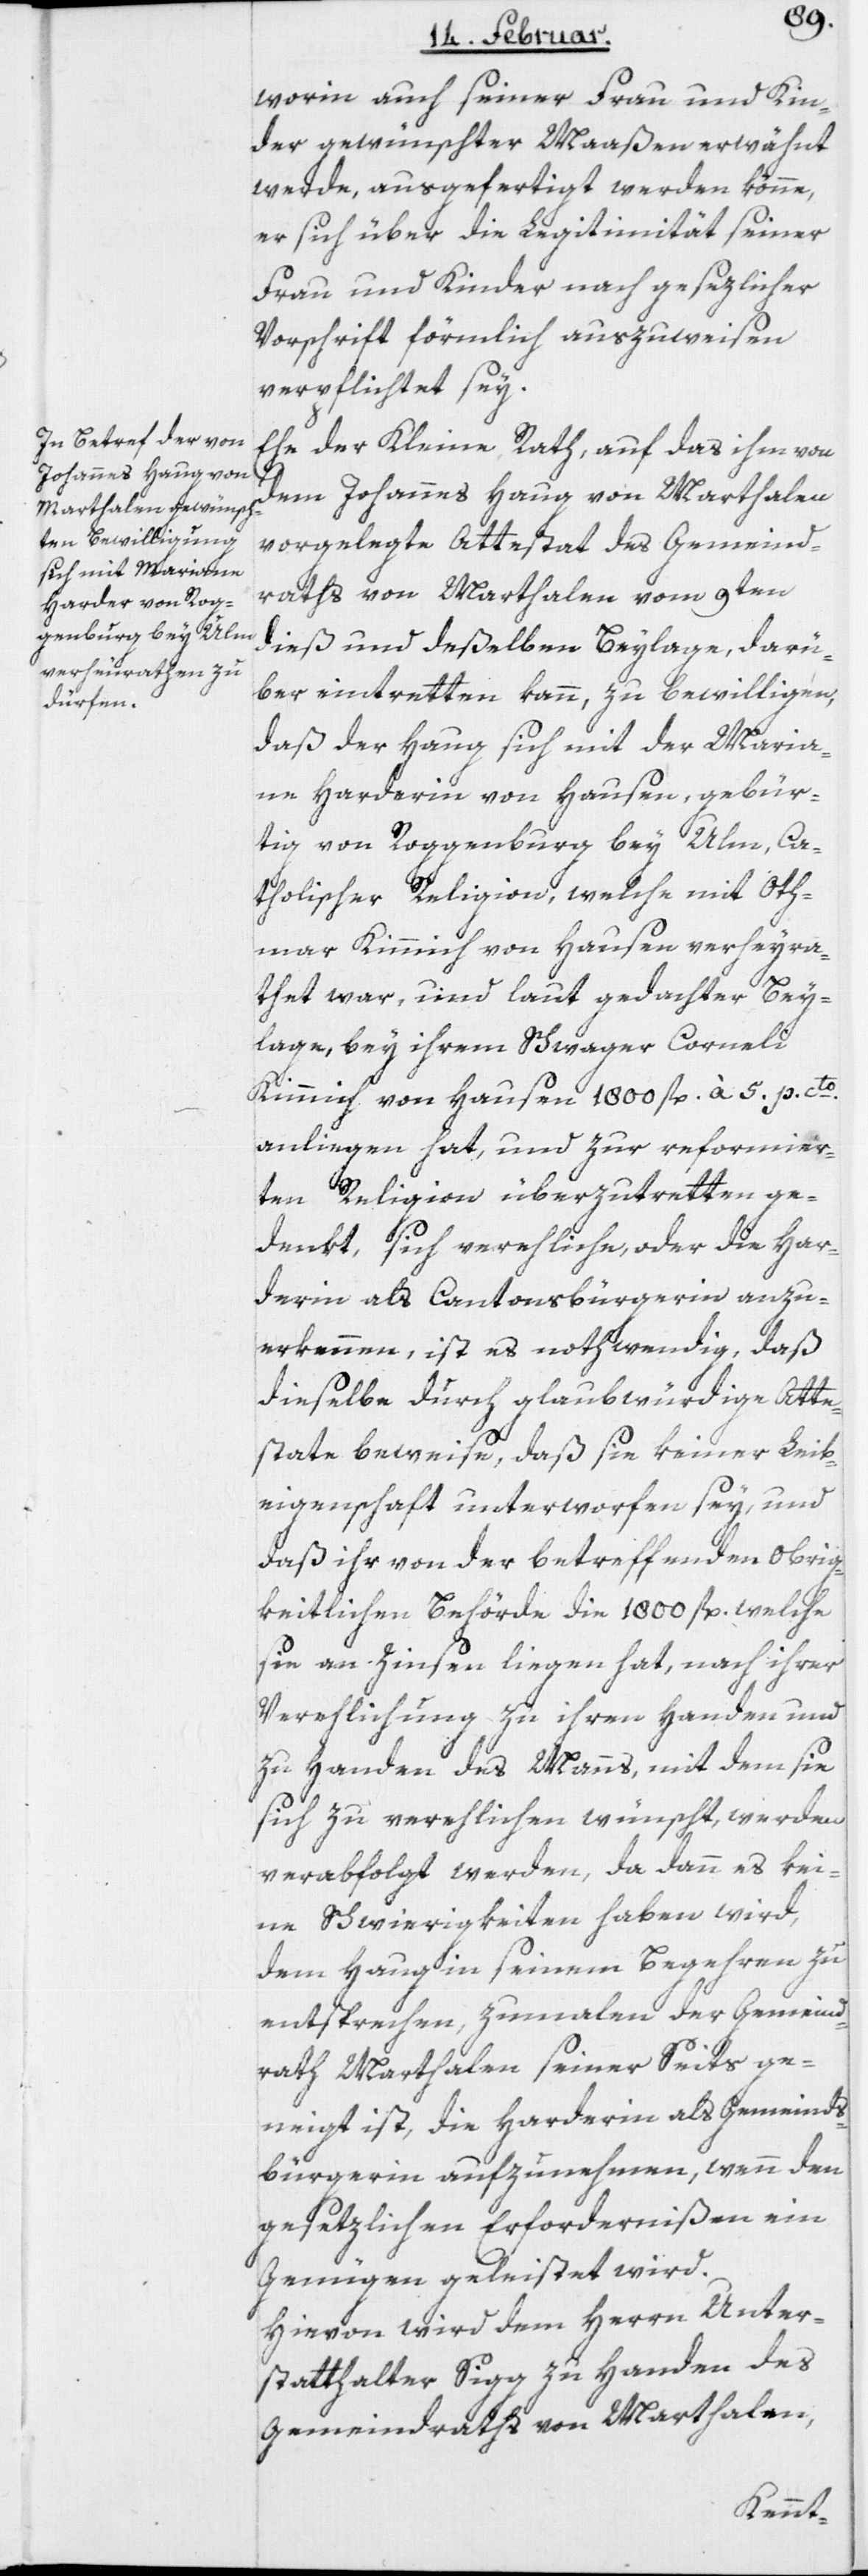
worin auch seiner Frau und Kin¬
der gewünschter Maaßen erwähnt
werde, ausgefertigt werden könne,
er sich über die Legitimität seiner
Frau und Kinder nach gesetzlicher
Vorschrift förmlich auszuweisen
verpflichtet sey.
Ehe der Kleine Rath, auf das ihm von
dem Johannes Haug von Marthalen
vorgelegte Attestat des Gemeind¬
raths von Marthalen vom 9ten
dieß und deßelben Beylage, darü¬
ber eintretten kann, zu bewilligen,
daß der Haug sich mit der Maria¬
ne Harderin von Hausen, gebür¬
tig von Roggenburg bey Ulm, Ca¬
tholischer Religion, welche mit Oth¬
mar Kimmich von Hausen verheyra¬
thet war, und laut gedachter Bey¬
lage, bey ihrem Schwager Corneli
Kimmich von Hausen 1800 fl. à 5. p. cto.
anliegen hat, und zur reformier¬
ten Religion überzutretten ge¬
denkt, sich verehliche, oder die Har¬
derin als Cantonsbürgerin anzu¬
erkennen, ist es nothwendig, daß
dieselbe durch glaubwürdige Atte¬
state beweise, daß sie keiner Leib¬
eigenschaft unterworfen sey, und
daß ihr von der betreffenden Obrig¬
keitlichen Behörde die 1800 fl., welche
sie an Zinsen liegen hat, nach ihrer
Verehlichung zu ihren Handen und
zu Handen des Manns, mit dem sie
sich zu verehlichen wünscht, werden
verabfolgt werden, da dann es kei¬
ne Schwierigkeiten haben wird,
dem Haug in seinem Begehren zu
entsprechen, zumalen der Gemeind¬
rath Marthalen seiner Seits ge¬
neigt ist, die Harderin als Gemeinds¬
bürgerin aufzunehmen, wenn den
gesetzlichen Erfordernißen ein
Genügen geleistet wird.
Hievon wird dem Herrn Unter¬
statthalter Sigg zu Handen des
Gemeindraths von Marthalen,